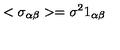
< \sigma _ { \alpha \beta } > = \sigma ^ { 2 } 1 _ { \alpha \beta }